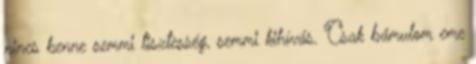
nincs benne semmi tisztesség, semmi kihívás. Csak bámulom eme